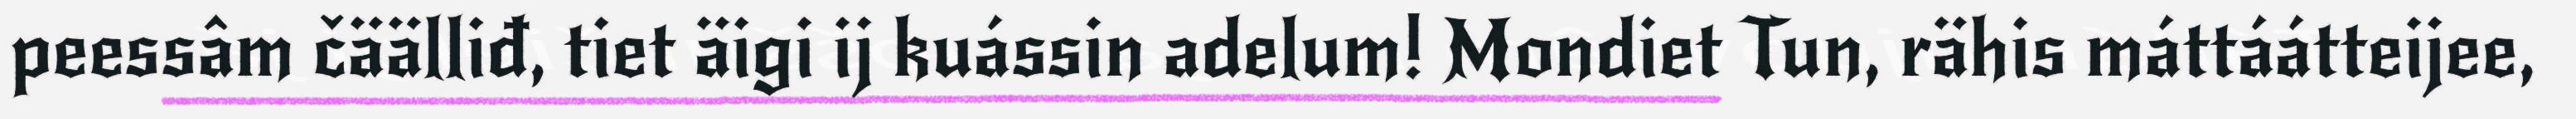
peessâm čäälliđ, tiet äigi ij kuássin adelum! Mondiet Tun, rähis máttáátteijee,